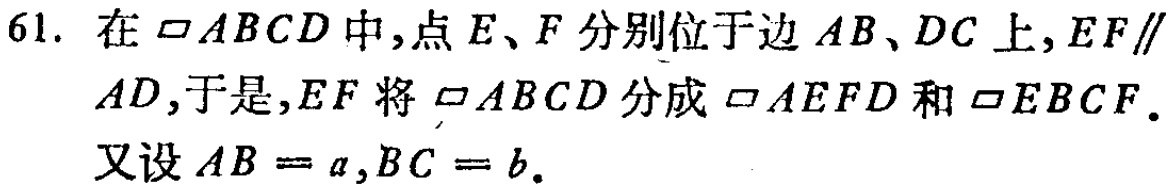
61. 在$\square ABCD$中，点$E、F$分别位于边$AB、DC$上，$EF\parallel AD$，于是，$EF$将$\square ABCD$分成$\square AEFD$和$\square EBCF$。又设$AB = a,BC = b$。